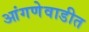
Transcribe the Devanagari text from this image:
आंगणेवाडीत